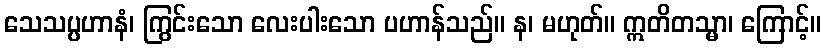
သေသပ္ပဟာနံ၊ ကြွင်းသော လေးပါးသော ပဟာန်သည်။ န၊ မဟုတ်။ ဣတိတသ္မာ၊ ကြောင့်။